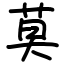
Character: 莫